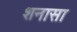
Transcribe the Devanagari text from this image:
शनासा